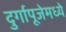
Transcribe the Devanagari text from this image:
दुर्गापूजेमध्ये